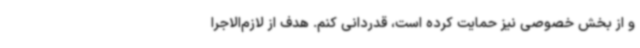
و از بخش خصوصی نیز حمایت کرده است، قدردانی کنم. هدف از لازم‌الاجرا